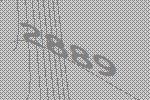
2889